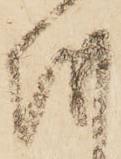
越